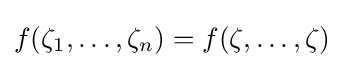
f(\zeta _{1},\ldots ,\zeta _{n})=f(\zeta ,\ldots ,\zeta )